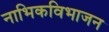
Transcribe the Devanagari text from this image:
नाभिकविभाजन